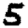
Digit: 5